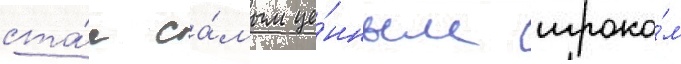
ста́л са́мым це́нным игроко́м